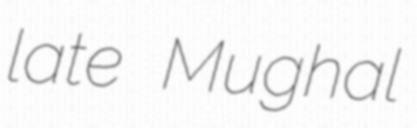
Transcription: late Mughal